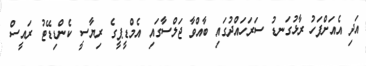
އަދި އެއަށްފަހު ރާޅުގަނޑު ސަރަހައްދުގައި ބާއްވާ ޖަލްސާގައި އެމްޑީޕީގެ ރިޔާސީ ކެންޑިޑޭޓު ރައީސް